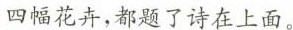
四幅花卉，都题了诗在上面。